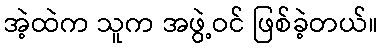
အဲ့ထဲက သူက အဖွဲ့ဝင် ဖြစ်ခဲ့တယ်။